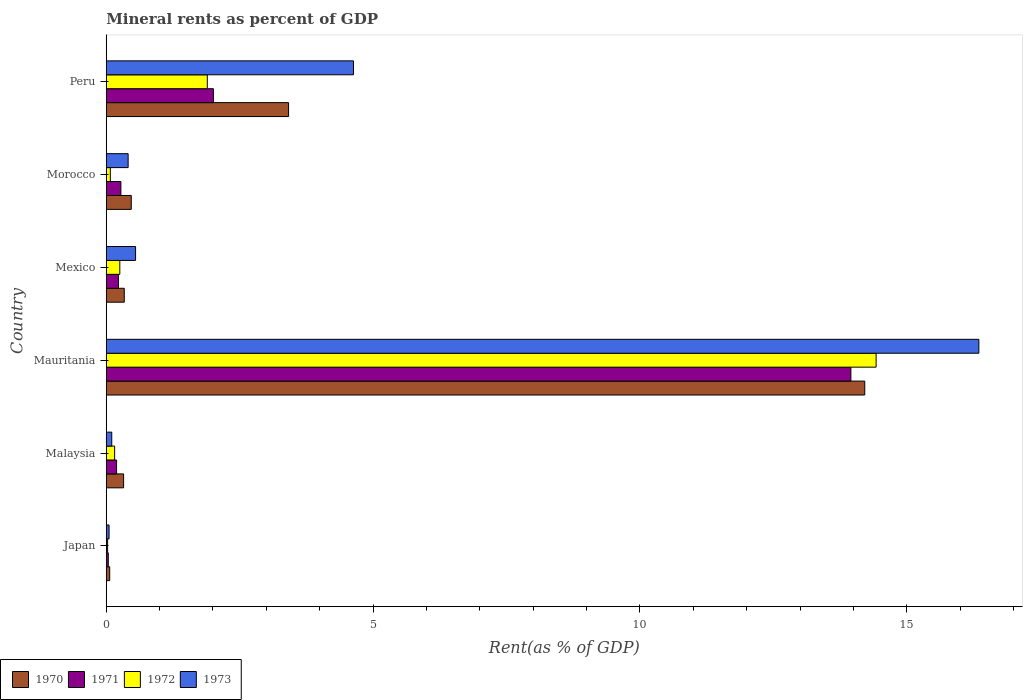
| Country | 1970 | 1971 | 1972 | 1973 |
 | --- | --- | --- | --- | --- |
 | Japan | 0.0649 | 0.0385 | 0.0253 | 0.0528 |
 | Malaysia | 0.325 | 0.194 | 0.157 | 0.103 |
 | Mauritania | 14.2 | 14 | 14.4 | 16.4 |
 | Mexico | 0.338 | 0.228 | 0.254 | 0.55 |
 | Morocco | 0.469 | 0.274 | 0.0768 | 0.41 |
 | Peru | 3.42 | 2.01 | 1.89 | 4.63 |